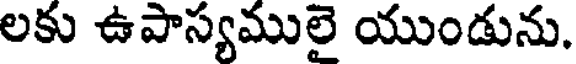
లకు ఉపాస్యములై యుండును.